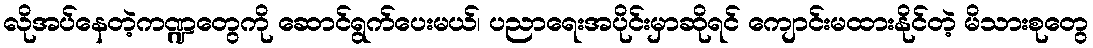
လိုအပ်နေတဲ့ကဏ္ဍတွေကို ဆောင်ရွက်ပေးမယ်၊ ပညာရေးအပိုင်းမှာဆိုရင် ကျောင်းမထားနိုင်တဲ့ မိသားစုတွေ